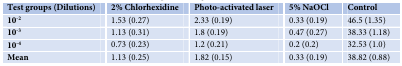
<table><thead><tr><td><b>Test groups (Dilutions)</b></td><td><b>2% Chlorhexidine</b></td><td><b>Photo-activated laser</b></td><td><b>5% NaOCl</b></td><td><b>Control</b></td></tr></thead><tbody><tr><td><b>10</b><sup>-2</sup></td><td>1.53 (0.27)</td><td>2.33 (0.19)</td><td>0.33 (0.19)</td><td>46.5 (1.35)</td></tr><tr><td><b>10</b><sup>-3</sup></td><td>1.13 (0.31)</td><td>1.8 (0.19)</td><td>0.47 (0.27)</td><td>38.33 (1.18)</td></tr><tr><td><b>10</b><sup>-4</sup></td><td>0.73 (0.23)</td><td>1.2 (0.21)</td><td>0.2 (0.2)</td><td>32.53 (1.0)</td></tr><tr><td><b>Mean</b></td><td>1.13 (0.25)</td><td>1.82 (0.15)</td><td>0.33 (0.19)</td><td>38.82 (0.88)</td></tr></tbody></table>